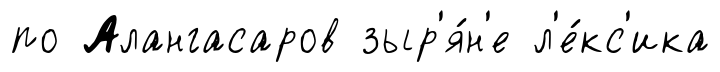
по Алангасаров зыр'я́н'е л'е́кс'ика